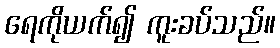
ရေကိုယက်၍ ကူးခပ်သည်။